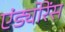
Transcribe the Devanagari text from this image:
एंड्योरेंस